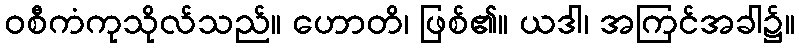
ဝစီကံကုသိုလ်သည်။ ဟောတိ၊ ဖြစ်၏။ ယဒါ၊ အကြင်အခါ၌။